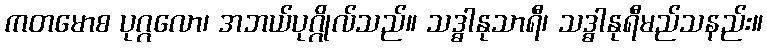
ကတမောစ ပုဂ္ဂလော၊ အဘယ်ပုဂ္ဂိုလ်သည်။ သဒ္ဓါနုသာရီ၊ သဒ္ဓါနုရီမည်သနည်း။